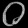
Digit: ၀